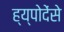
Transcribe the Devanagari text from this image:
ह्य्पोदेंसे